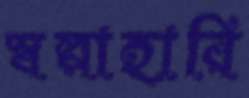
স্বল্পাহারি